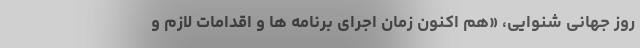
روز جهانی شنوایی، «هم اکنون زمان اجرای برنامه ها و اقدامات لازم و